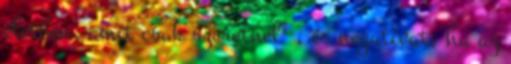
életben, amit csak szeretnél” , és negatívat, ha az